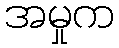
အမှုက